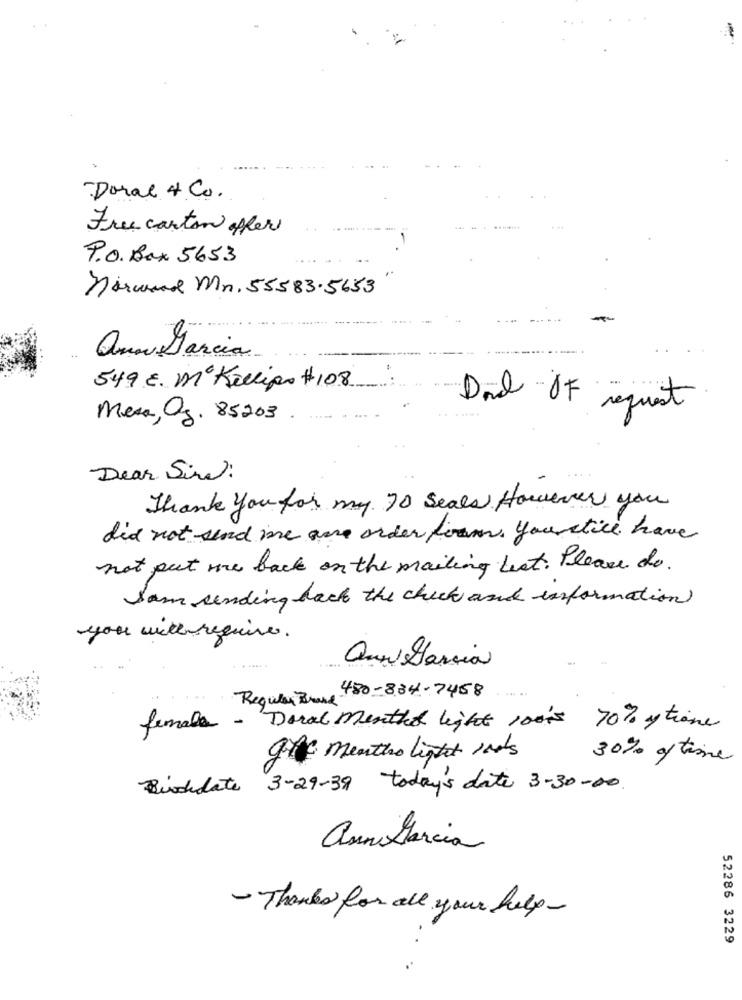
Doral & Co.
Free carton offer
....
P.O. Box 5653
Normand Mn. 55583.5653
Que Marcia
549 E. mª Killipo #108
Da OF request
Mesa, Og. 85203.
.....
Dear Sine:
Thank you for my 70 seals However you
did not send me are order form. you still hav
not put me back on the mailing list. Please do.
Som sending back the check and information)
you with require .
Quen Dassia
Regular Brass 480-834-7458
female .
Doral menthe light 100ks 70% y tiene
gte menthe light ints
30% of time
3-29-39 today's date 3-30-00
Bischdate
anna Marcia
- Thanks for all your help-
52286 3229